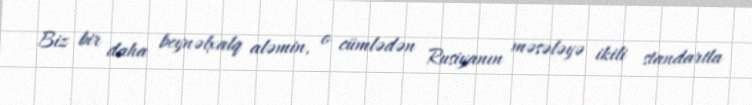
Biz bir daha beynəlxalq aləmin, o cümlədən Rusiyanın məsələyə ikili standartla